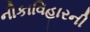
નૌકાવિહારની